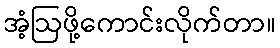
အံ့ဩဖို့ကောင်းလိုက်တာ။